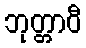
ဘုတ္တာဝီ